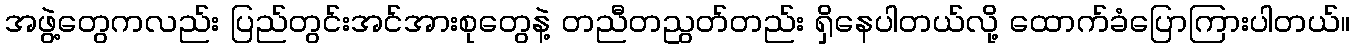
အဖွဲ့တွေကလည်း ပြည်တွင်းအင်အားစုတွေနဲ့ တညီတညွတ်တည်း ရှိနေပါတယ်လို့ ထောက်ခံပြောကြားပါတယ်။